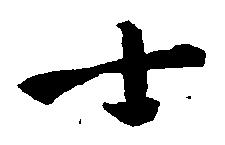
士